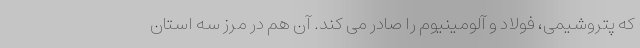
که پتروشیمی، فولاد و آلومینیوم را صادر می کند. آن هم در مرز سه استان